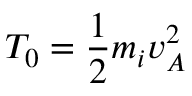
T _ { 0 } = \frac { 1 } { 2 } m _ { i } v _ { A } ^ { 2 }